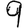
Digit: 9